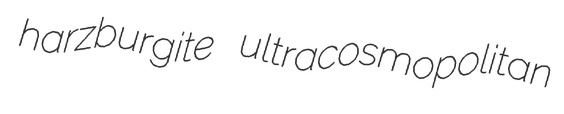
harzburgite ultracosmopolitan